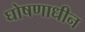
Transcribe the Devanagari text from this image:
घोषणाधीन